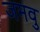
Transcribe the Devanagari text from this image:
जमवु